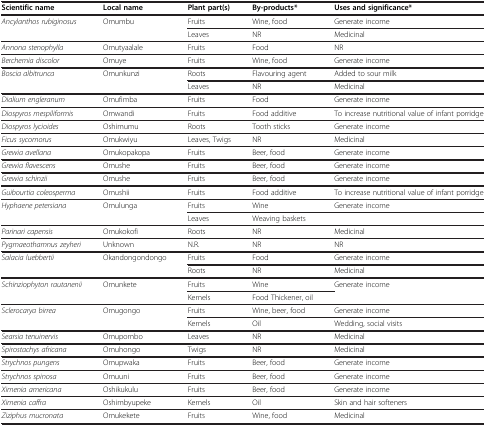
| Scientific name | Local name | Plant part(s) | By-products* | Uses and significance* |
 | --- | --- | --- | --- | --- |
 | <ROWSPAN=2> Ancylanthos rubiginosus | <ROWSPAN=2> Omumbu | Fruits | Wine, food | Generate income |
 | Leaves | NR | Medicinal |
 | Annona stenophylla | Omutyaalale | Fruits | Food | NR |
 | Berchemia discolor | Omuye | Fruits | Wine, food | Generate income |
 | <ROWSPAN=2> Boscia albitrunca | <ROWSPAN=2> Omunkunzi | Roots | Flavouring agent | Added to sour milk |
 | Leaves | NR | Medicinal |
 | Dialium engleranum | Omufimba | Fruits | Food | Generate income |
 | Diospyros mespiliformis | Omwandi | Fruits | Food additive | To increase nutritional value of infant porridge |
 | Diospyros lycioides | Oshimumu | Roots | Tooth sticks | Generate income |
 | Ficus sycomorus | Omukwiyu | Leaves, Twigs | NR | Medicinal |
 | Grewia avellana | Omukopakopa | Fruits | Beer, food | Generate income |
 | Grewia flavescens | Omushe | Fruits | Beer, food | Generate income |
 | Grewia schinzii | Omushe | Fruits | Beer, food | Generate income |
 | Guibourtia coleosperma | Omushii | Fruits | Food additive | To increase nutritional value of infant porridge |
 | <ROWSPAN=2> Hyphaene petersiana | <ROWSPAN=2> Omulunga | Fruits | Wine | Generate income |
 | Leaves | Weaving baskets |  |
 | Parinari capensis | Omukokofi | Roots | NR | Medicinal |
 | Pygmaeothamnus zeyheri | Unknown | N.R. | NR | NR |
 | <ROWSPAN=2> Salacia luebbertii | <ROWSPAN=2> Okandongondongo | Fruits | Food | Generate income |
 | Roots | NR | Medicinal |
 | <ROWSPAN=2> Schinziophyton rautanenii | <ROWSPAN=2> Omunkete | Fruits | Wine | <ROWSPAN=2> Generate income |
 | Kernels | Food Thickener, oil |
 | <ROWSPAN=2> Sclerocarya birrea | <ROWSPAN=2> Omugongo | Fruits | Wine, beer, food | Generate income |
 | Kernels | Oil | Wedding, social visits |
 | Searsia tenuinervis | Omupombo | Leaves | NR | Medicinal |
 | Spirostachys africana | Omuhongo | Twigs | NR | Medicinal |
 | Strychnos pungens | Omupwaka | Fruits | Beer, food | Generate income |
 | Strychnos spinosa | Omuuni | Fruits | Beer, food | Generate income |
 | Ximenia americana | Oshikukulu | Fruits | Beer, food | Generate income |
 | Ximenia caffra | Oshimbyupeke | Kernels | Oil | Skin and hair softeners |
 | Ziziphus mucronata | Omukekete | Fruits | Wine, food | Medicinal |